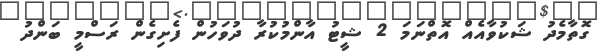
ގޮތާމެދު ޝަކުވާއެއް އޮތްނަމަ 2 ޝީޓު އާންމުކުރާ ދުވަހުން ފެށިގެން ރަސްމީ ބަންދު